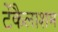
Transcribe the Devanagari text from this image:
टेंकैलाशम